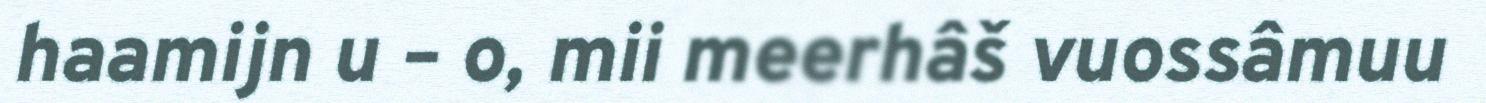
haamijn u – o, mii meerhâš vuossâmuu